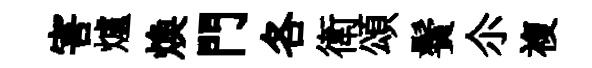
害爐煥門各衛頌鬢尒複